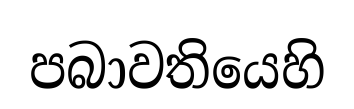
පබාවතියෙහි